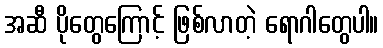
အဆီ ပိုတွေကြောင့် ဖြစ်လာတဲ့ ရောဂါတွေပါ။